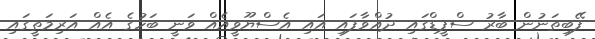
ފޭބިތަނުން ބާރު ސްޕީޑްގައި ދުއްވާފައި އައި އެސްޔޫވީއެއް ވަަނީ ބަހުގެ އެއް އަރިމަތީގައި